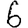
Digit: 6